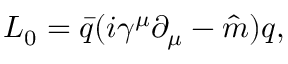
{ \cal L } _ { 0 } = \bar { q } ( i \gamma ^ { \mu } \partial _ { \mu } - \hat { m } ) q ,